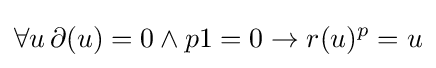
\forall u\,\partial (u)=0\land p1=0\rightarrow r(u)^{p}=u